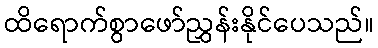
ထိရောက်စွာဖော်ညွှန်းနိုင်ပေသည်။